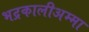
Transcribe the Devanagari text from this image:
भद्रकालीअम्मा